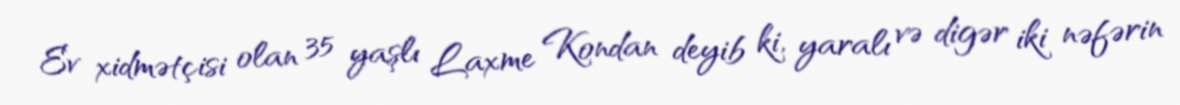
Ev xidmətçisi olan 35 yaşlı Laxme Kondan deyib ki, yaralı və digər iki nəfərin